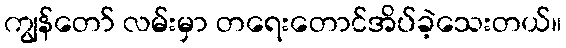
ကျွန်တော် လမ်းမှာ တရေးတောင်အိပ်ခဲ့သေးတယ်။